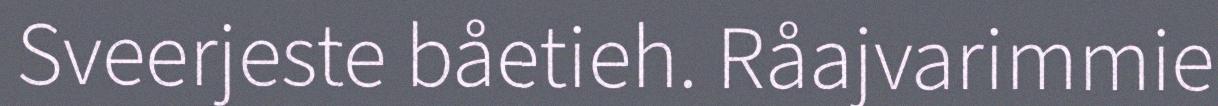
Sveerjeste båetieh. Råajvarimmie